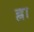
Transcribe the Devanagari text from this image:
ह्ना